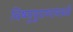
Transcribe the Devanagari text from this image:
विष्णुपुराणामध्ये